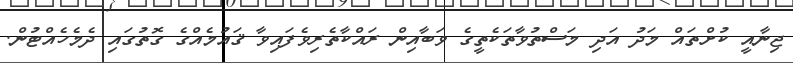
ޖިނާއީ ކުށްތައް މަދު އަދި މަސްތުވާތަކެތީގެ ވަބާއިން ރައްކާތެރިވެފައިވާ ޤައުމެއްގެ ގޮތުގައި ދެމެހެއްޓުން.